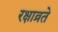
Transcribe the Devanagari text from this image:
रक्षाव्रते